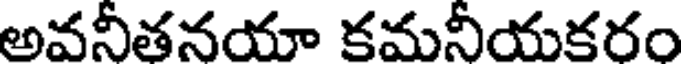
అవనీతనయా కమనీయకరం